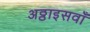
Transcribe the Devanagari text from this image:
अठ्ठाइसवाँ